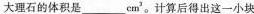
大理石的体积是_______cm'。计算后得出这一小块